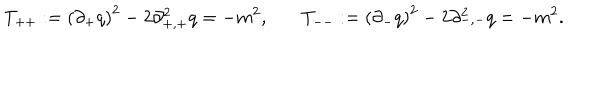
LaTeX: T _ { + + } : = \left( \partial _ { + } q \right) ^ { 2 } - 2 \partial _ { + , + } ^ { 2 } q = - m ^ { 2 } , ~ T _ { -- } : = \left( \partial _ { - } q \right) ^ { 2 } - 2 \partial _ { - , - } ^ { 2 } q = - m ^ { 2 } .